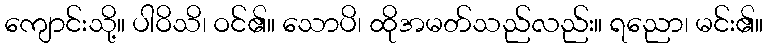
ကျောင်းသို့။ ပါဝိသိ၊ ဝင်၏။ သောပိ၊ ထိုအမတ်သည်လည်း။ ရညော၊ မင်း၏။